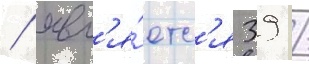
/ явл'я́етс'я 39 /